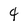
Character: 4